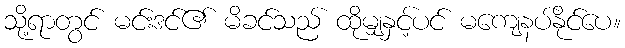
သို့ရာတွင် မင်းဒင်၏ မိခင်သည် ထိုမျှနှင့်ပင် မကျေနပ်နိုင်ပေ။